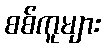
စစ်ကူများ